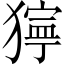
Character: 𤡛